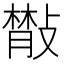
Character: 𢿨